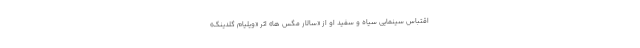
اقتباس سینمایی سیاه و سفید او از «سالار مگس ها» اثر «ویلیام گلدینگ»